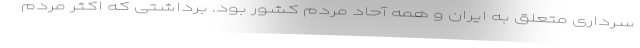
سرداری متعلق به ایران و همه آحاد مردم کشور بود. برداشتی که اکثر مردم